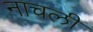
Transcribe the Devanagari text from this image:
नाचली